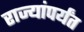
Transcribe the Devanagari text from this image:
राज्यांपर्यंत